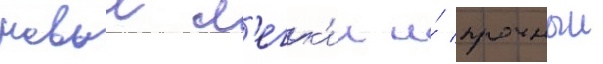
новыи л'егк'ии и́ прочныи